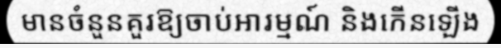
មានចំនួនគួរឱ្យចាប់អារម្មណ៍ និងកើនឡើង